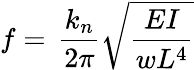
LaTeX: f=\, \frac{{{k_{n}}}}{{2\pi}}\sqrt{\frac{{EI}}{{w{L^{4}}}}}